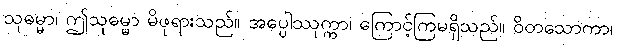
သုဓမ္မာ၊ ဤသုဓမ္မာ မိဖုရားသည်။ အပ္ပေါဿုက္ကာ၊ ကြောင့်ကြမရှိသည်။ ဝိတသောကာ၊